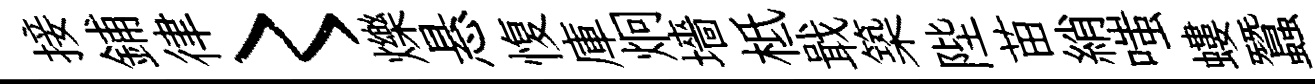
接鋪律〻爍悬愎庫炯墻柢戢築陛苗綃嗤螻蠶